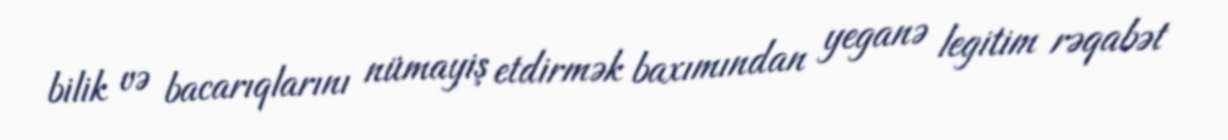
bilik və bacarıqlarını nümayiş etdirmək baxımından yeganə legitim rəqabət